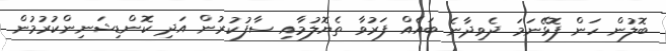
ބޮލުން ހަން ފޮޅޭނަމަ ދެވިދާނެ ބައެއް ފަރުވާ ތެޔޮލުމާއި ސާފުކުރުން އަދި ކޮންޑިޝަނިންކުރުމުން